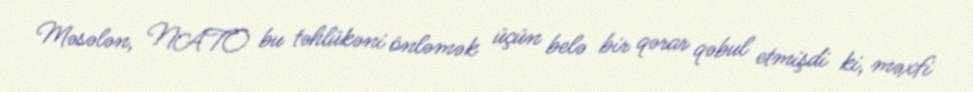
Məsələn, NATO bu təhlükəni önləmək üçün belə bir qərar qəbul etmişdi ki, məxfi